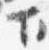
下